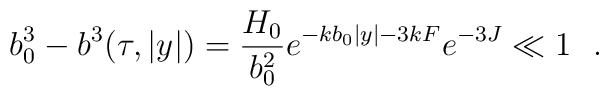
b_0^3-b^3(\tau,|y|)=\frac{H_0}{b_0^2}e^{-kb_0|y|-3kF}e^{-3J}\ll 1~~.